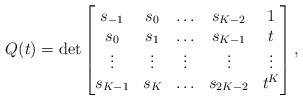
LaTeX: \begin{align*}Q(t) = \det\begin{bmatrix}s_{-1} & s_{0} & \ldots & s_{K-2} & 1\\s_{0} & s_{1} & \ldots & s_{K-1} & t\\\vdots & \vdots & \vdots & \vdots & \vdots\\s_{K-1} & s_{K} & \ldots & s_{2K-2} & t^{K}\end{bmatrix},\end{align*}